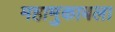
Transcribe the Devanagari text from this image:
महामुकाबला